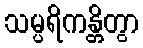
သမ္ပရိကန္တိတွာ